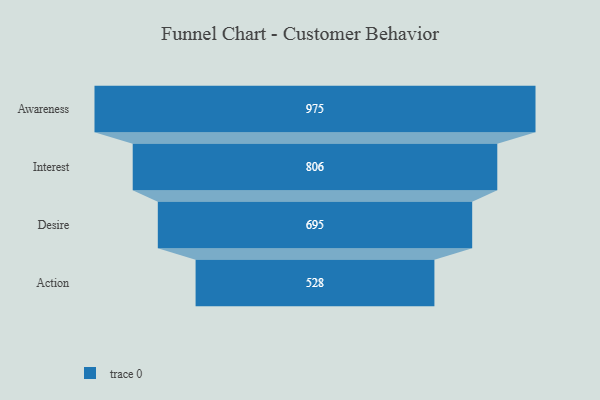
{"axis": {"x": "Stage", "y": "Value"}, "legend": [""], "data": [{"x": "Awareness", "y": 975.0, "type": ""}, {"x": "Interest", "y": 806.0, "type": ""}, {"x": "Desire", "y": 695.0, "type": ""}, {"x": "Action", "y": 528.0, "type": ""}]}